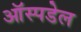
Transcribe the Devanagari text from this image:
ऑस्पडेल